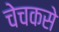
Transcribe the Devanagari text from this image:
चेचकसे